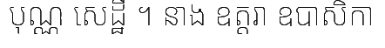
បុណ្ណ សេដ្ឋី ។ នាង ឧត្តរា ឧបាសិកា